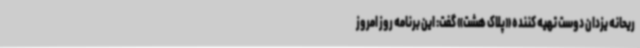
ریحانه یزدان دوست تهیه کننده «پلاک هشت» گفت: این برنامه روز امروز